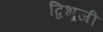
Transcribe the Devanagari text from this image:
द्विभूजी